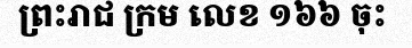
ព្រះរាជ ក្រម លេខ ១៦៦ ចុះ